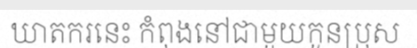
ឃាតករនេះ កំពុងនៅជាមួយកូនប្រុស